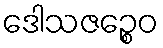
ဒေါသဇဉ္စေဝ